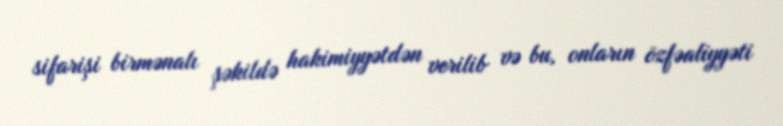
sifarişi birmənalı şəkildə hakimiyyətdən verilib və bu, onların özfəaliyyəti